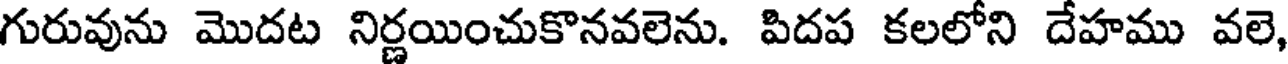
గురువును మొదట నిర్ణయించుకొనవలెను. పిదప కలలోని దేహము వలె,